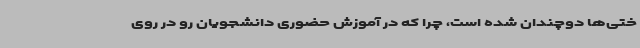
ختی‌ها دوچندان شده است، چرا که در آموزش حضوری دانشجویان رو در روی